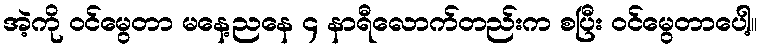
အဲ့ကို ဝင်မွေတာ မနေ့ညနေ ၄ နာရီလောက်တည်းက စပြီး ဝင်မွေတာပေါ့။